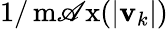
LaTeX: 1/\operatorname*{m\mathscr{A}x}(|\mathbf{v}_{k}|)